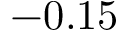
- 0 . 1 5